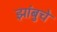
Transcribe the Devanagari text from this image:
झांबुचे